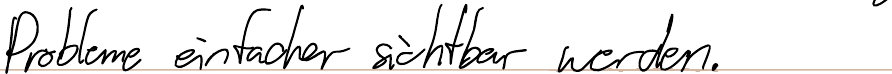
Probleme einfacher sichtbar werden.